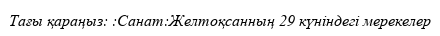
Тағы қараңыз: :Санат:Желтоқсанның 29 күніндегі мерекелер